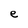
Character: e